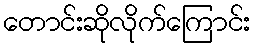
တောင်းဆိုလိုက်ကြောင်း